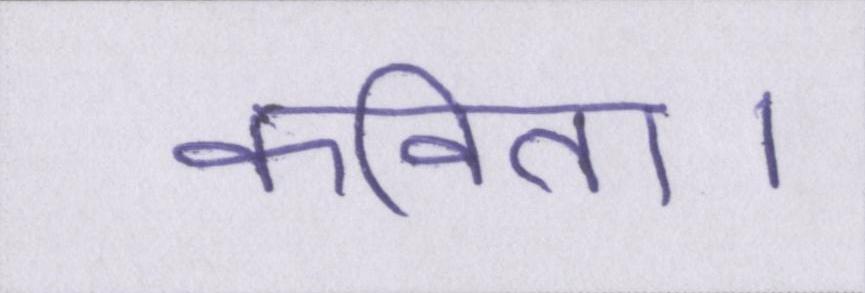
कविता।